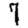
Digit: 7